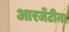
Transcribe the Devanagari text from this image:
आरजेंटीना